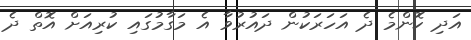
އަދި ކޮންމެ ދެ އަހަރަކުން ދައުރުވާ އެ މަގާމުގައި ކުރިއަށް އޮތް ދެ